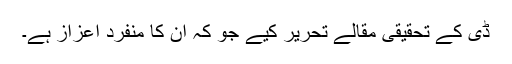
ڈی کے تحقیقی مقالے تحریر کیے جو کہ ان کا منفرد اعزاز ہے۔